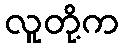
လူတို့က